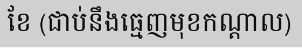
ខែ (ជាប់នឹងធ្មេញមុខកណ្តាល)